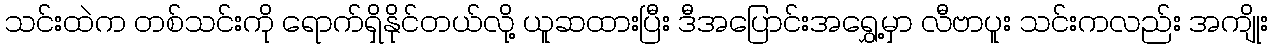
သင်းထဲက တစ်သင်းကို ရောက်ရှိနိုင်တယ်လို့ ယူဆထားပြီး ဒီအပြောင်းအရွှေ့မှာ လီဗာပူး သင်းကလည်း အကျိုး